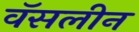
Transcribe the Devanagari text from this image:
वॅसलीन